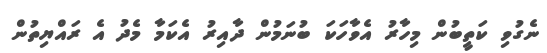
ނެގުވި ކަތީބުން މިހާރު އެވާހަކަ ބުނަމުން ދާއިރު އެކަމާ މެދު އެ ރައްޔިތުން